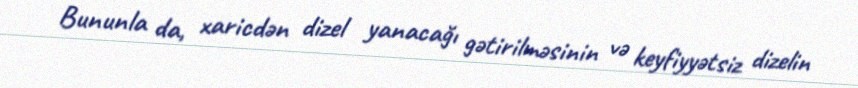
Bununla da, xaricdən dizel yanacağı gətirilməsinin və keyfiyyətsiz dizelin